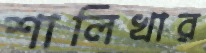
শালিখার